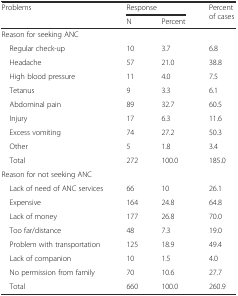
<table><thead><tr><td rowspan="2"><b>Problems</b></td><td colspan="2"><b>Response</b></td><td rowspan="2"><b>Percent of cases</b></td></tr><tr><td><b>N</b></td><td><b>Percent</b></td></tr></thead><tbody><tr><td colspan="4">Reason for seeking ANC</td></tr><tr><td> Regular check-up</td><td>10</td><td>3.7</td><td>6.8</td></tr><tr><td> Headache</td><td>57</td><td>21.0</td><td>38.8</td></tr><tr><td> High blood pressure</td><td>11</td><td>4.0</td><td>7.5</td></tr><tr><td> Tetanus</td><td>9</td><td>3.3</td><td>6.1</td></tr><tr><td> Abdominal pain</td><td>89</td><td>32.7</td><td>60.5</td></tr><tr><td> Injury</td><td>17</td><td>6.3</td><td>11.6</td></tr><tr><td> Excess vomiting</td><td>74</td><td>27.2</td><td>50.3</td></tr><tr><td> Other</td><td>5</td><td>1.8</td><td>3.4</td></tr><tr><td> Total</td><td>272</td><td>100.0</td><td>185.0</td></tr><tr><td colspan="4">Reason for not seeking ANC</td></tr><tr><td> Lack of need of ANC services</td><td>66</td><td>10</td><td>26.1</td></tr><tr><td> Expensive</td><td>164</td><td>24.8</td><td>64.8</td></tr><tr><td> Lack of money</td><td>177</td><td>26.8</td><td>70.0</td></tr><tr><td> Too far/distance</td><td>48</td><td>7.3</td><td>19.0</td></tr><tr><td> Problem with transportation</td><td>125</td><td>18.9</td><td>49.4</td></tr><tr><td> Lack of companion</td><td>10</td><td>1.5</td><td>4.0</td></tr><tr><td> No permission from family</td><td>70</td><td>10.6</td><td>27.7</td></tr><tr><td> Total</td><td>660</td><td>100.0</td><td>260.9</td></tr></tbody></table>